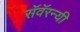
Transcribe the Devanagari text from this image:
सॅवॅरन्यी